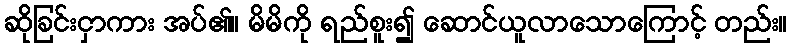
ဆိုခြင်းငှာကား အပ်၏။ မိမိကို ရည်စူး၍ ဆောင်ယူလာသောကြောင့် တည်း။